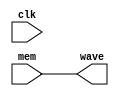
module mem(
    input clk,
    input [32:0] mem,
    output [32:0] wave
);

assign wave = mem;

endmodule